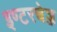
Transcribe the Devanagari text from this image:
इण्टरचेञ्ज